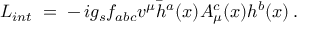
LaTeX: { \cal L } _ { i n t } \; = \; - \, i g _ { s } f _ { a b c } v ^ { \mu } \bar { h } ^ { a } ( x ) A _ { \mu } ^ { c } ( x ) h ^ { b } ( x ) \, .